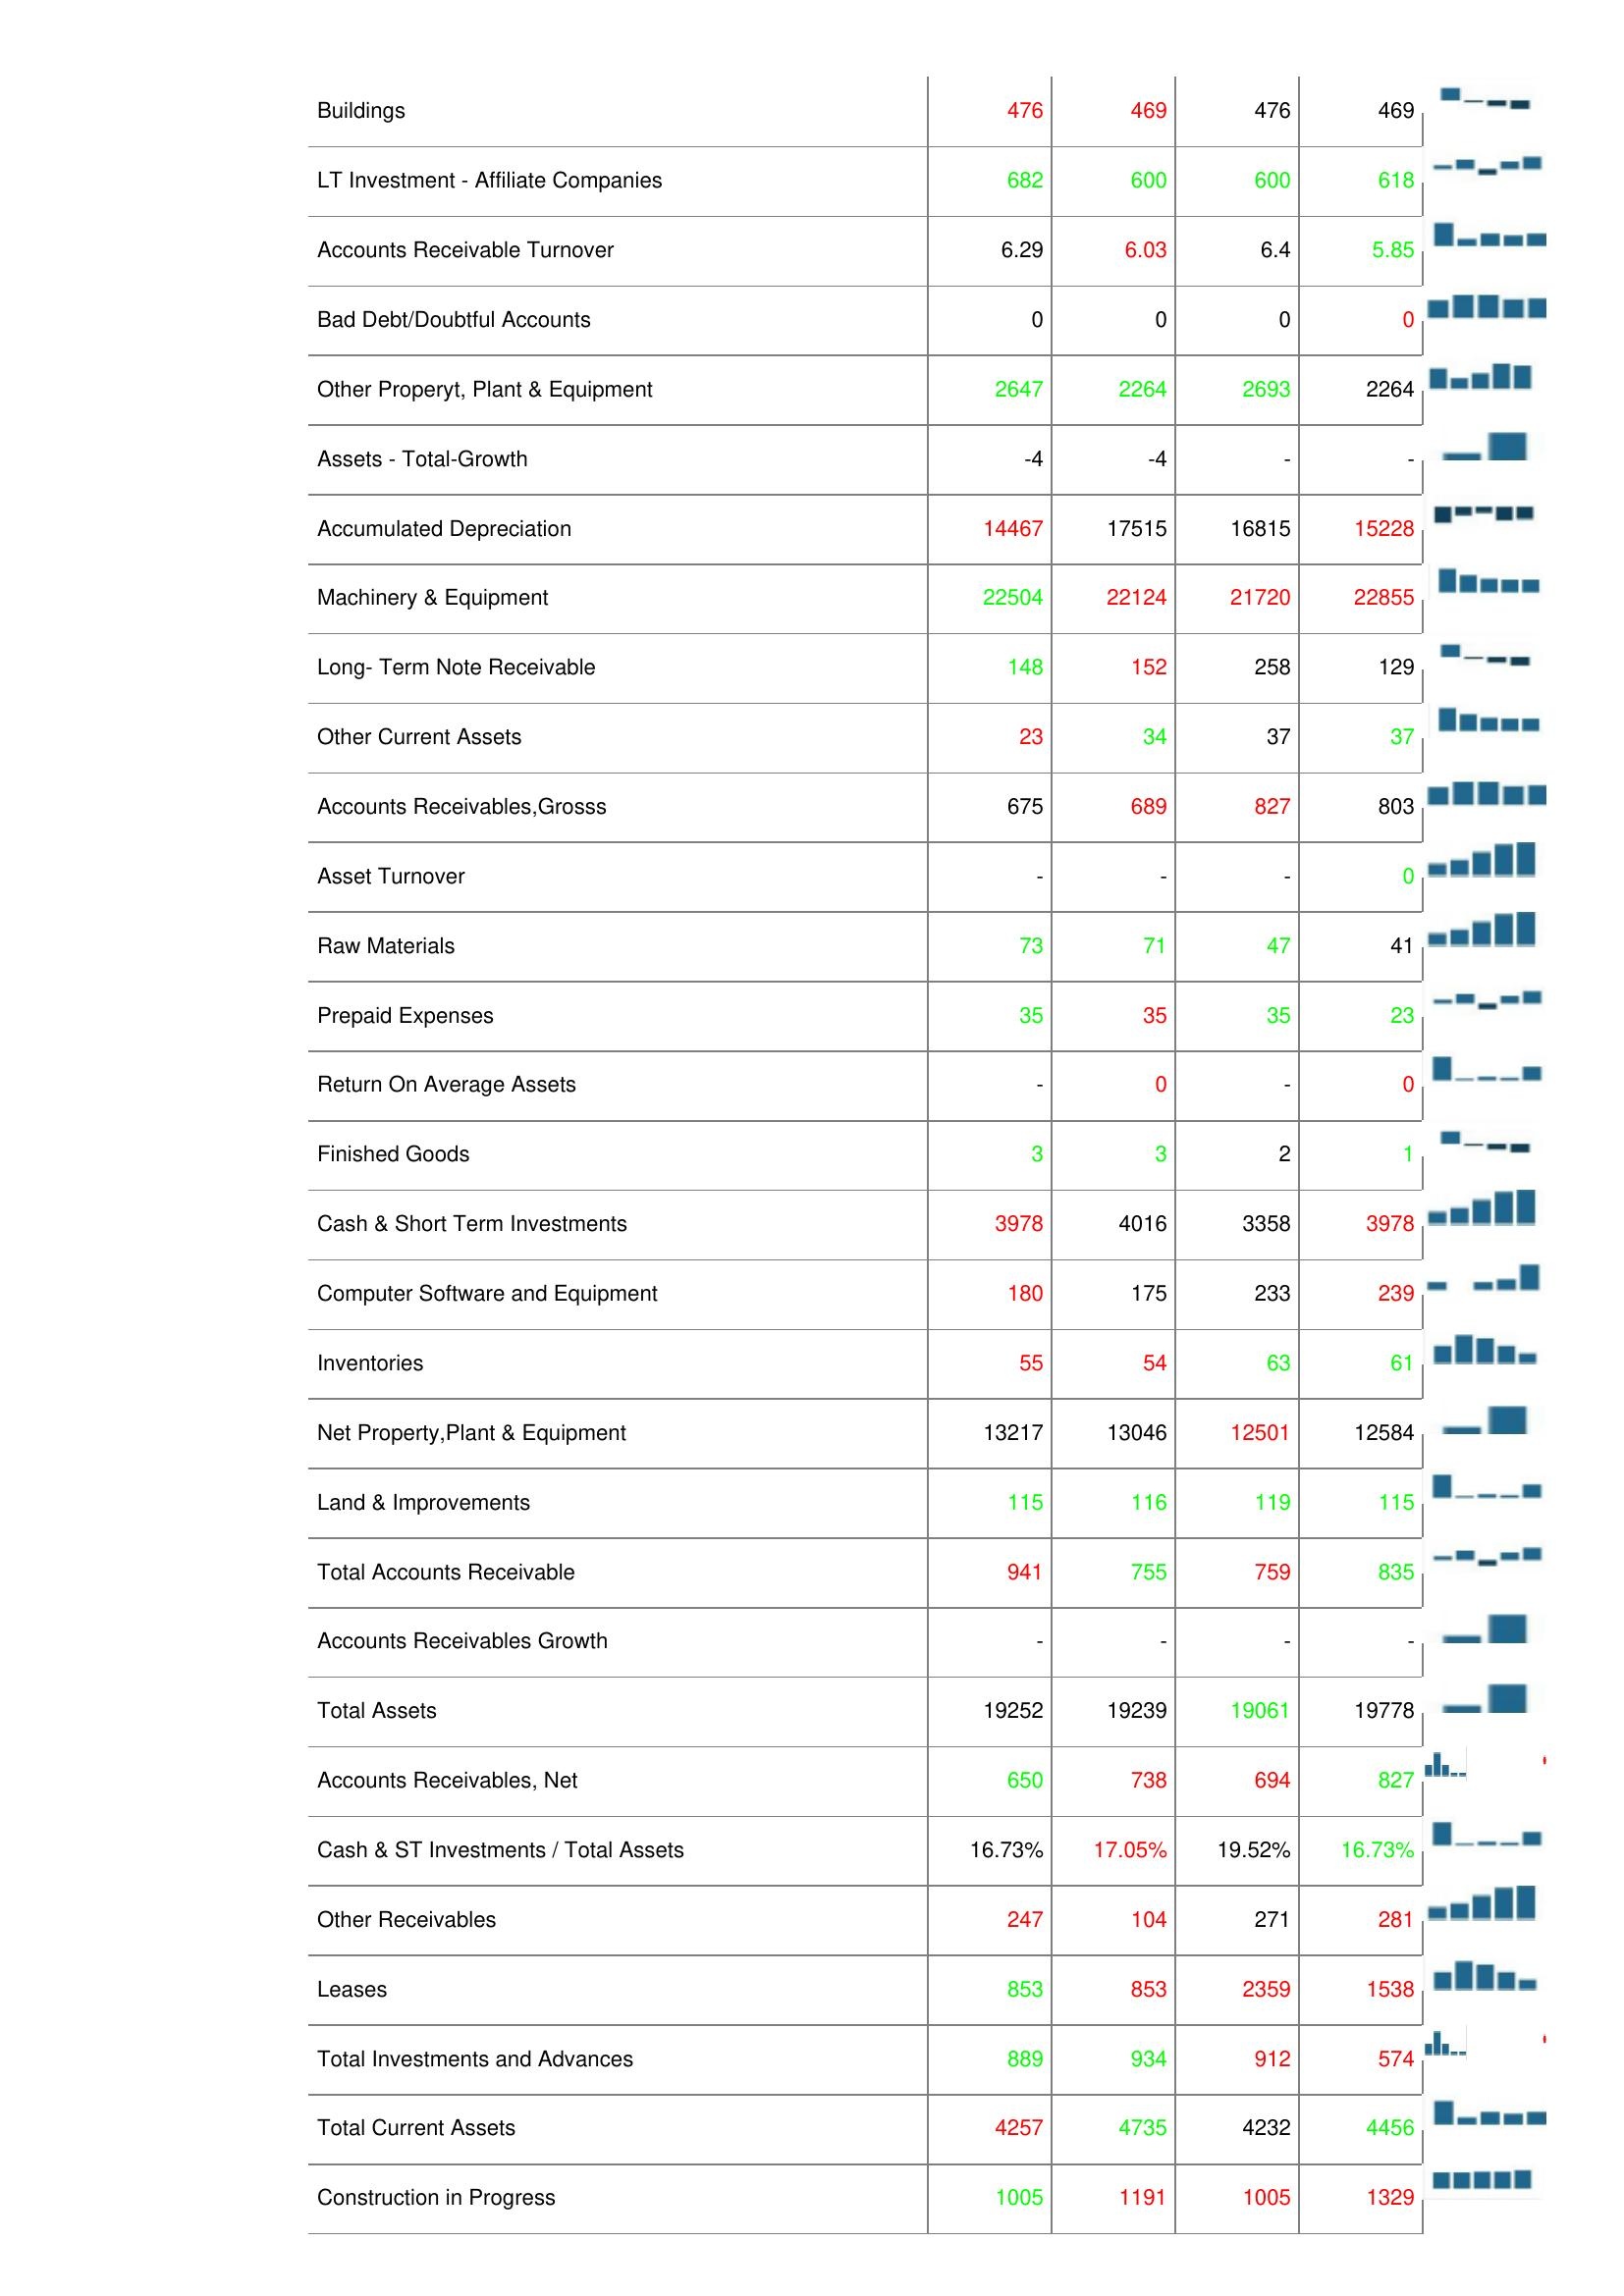
2019: Assets: Cash Only: 6550
Other Assets: -
Property, Plant & Equipment -Gross: 29412
Transportation Equipment: 31
Cash & Short Term Investments Growth: -
Deferred Charges: 3
Buildings: 476
LT Investment - Affiliate Companies: 682
Accounts Receivable Turnover: 6.29
Bad Debt/Doubtful Accounts: 0
Other Properyt, Plant & Equipment: 2647
Assets - Total-Growth: -4
Accumulated Depreciation: 14467
Machinery & Equipment: 22504
Long- Term Note Receivable: 148
Other Current Assets: 23
Accounts Receivables,Grosss: 675
Asset Turnover: -
Raw Materials: 73
Prepaid Expenses: 35
Return On Average Assets: -
Finished Goods: 3
Cash & Short Term Investments: 3978
Computer Software and Equipment: 180
Inventories: 55
Net Property,Plant & Equipment: 13217
Land & Improvements: 115
Total Accounts Receivable: 941
Accounts Receivables Growth: -
Total Assets: 19252
Accounts Receivables, Net: 650
Cash & ST Investments / Total Assets: 16.73%
Other Receivables: 247
Leases: 853
Total Investments and Advances: 889
Total Current Assets: 4257
Construction in Progress: 1005
2020: Assets: Cash Only: 8919
Other Assets: 2
Property, Plant & Equipment -Gross: 30801
Transportation Equipment: 30
Cash & Short Term Investments Growth: -5
Deferred Charges: 2
Buildings: 469
LT Investment - Affiliate Companies: 600
Accounts Receivable Turnover: 6.03
Bad Debt/Doubtful Accounts: 0
Other Properyt, Plant & Equipment: 2264
Assets - Total-Growth: -4
Accumulated Depreciation: 17515
Machinery & Equipment: 22124
Long- Term Note Receivable: 152
Other Current Assets: 34
Accounts Receivables,Grosss: 689
Asset Turnover: -
Raw Materials: 71
Prepaid Expenses: 35
Return On Average Assets: 0
Finished Goods: 3
Cash & Short Term Investments: 4016
Computer Software and Equipment: 175
Inventories: 54
Net Property,Plant & Equipment: 13046
Land & Improvements: 116
Total Accounts Receivable: 755
Accounts Receivables Growth: -
Total Assets: 19239
Accounts Receivables, Net: 738
Cash & ST Investments / Total Assets: 17.05%
Other Receivables: 104
Leases: 853
Total Investments and Advances: 934
Total Current Assets: 4735
Construction in Progress: 1191
2021: Assets: Cash Only: 6223
Other Assets: -
Property, Plant & Equipment -Gross: 28867
Transportation Equipment: 32
Cash & Short Term Investments Growth: -
Deferred Charges: 1
Buildings: 476
LT Investment - Affiliate Companies: 600
Accounts Receivable Turnover: 6.4
Bad Debt/Doubtful Accounts: 0
Other Properyt, Plant & Equipment: 2693
Assets - Total-Growth: -
Accumulated Depreciation: 16815
Machinery & Equipment: 21720
Long- Term Note Receivable: 258
Other Current Assets: 37
Accounts Receivables,Grosss: 827
Asset Turnover: -
Raw Materials: 47
Prepaid Expenses: 35
Return On Average Assets: -
Finished Goods: 2
Cash & Short Term Investments: 3358
Computer Software and Equipment: 233
Inventories: 63
Net Property,Plant & Equipment: 12501
Land & Improvements: 119
Total Accounts Receivable: 759
Accounts Receivables Growth: -
Total Assets: 19061
Accounts Receivables, Net: 694
Cash & ST Investments / Total Assets: 19.52%
Other Receivables: 271
Leases: 2359
Total Investments and Advances: 912
Total Current Assets: 4232
Construction in Progress: 1005
2022: Assets: Cash Only: 29048
Other Assets: 4
Property, Plant & Equipment -Gross: 28203
Transportation Equipment: 30
Cash & Short Term Investments Growth: -
Deferred Charges: 3
Buildings: 469
LT Investment - Affiliate Companies: 618
Accounts Receivable Turnover: 5.85
Bad Debt/Doubtful Accounts: 0
Other Properyt, Plant & Equipment: 2264
Assets - Total-Growth: -
Accumulated Depreciation: 15228
Machinery & Equipment: 22855
Long- Term Note Receivable: 129
Other Current Assets: 37
Accounts Receivables,Grosss: 803
Asset Turnover: 0
Raw Materials: 41
Prepaid Expenses: 23
Return On Average Assets: 0
Finished Goods: 1
Cash & Short Term Investments: 3978
Computer Software and Equipment: 239
Inventories: 61
Net Property,Plant & Equipment: 12584
Land & Improvements: 115
Total Accounts Receivable: 835
Accounts Receivables Growth: -
Total Assets: 19778
Accounts Receivables, Net: 827
Cash & ST Investments / Total Assets: 16.73%
Other Receivables: 281
Leases: 1538
Total Investments and Advances: 574
Total Current Assets: 4456
Construction in Progress: 1329